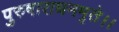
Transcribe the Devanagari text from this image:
पुरुषाराधनमृते।।